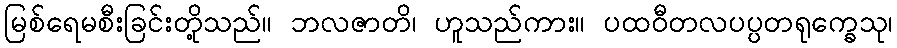
မြစ်ရေမစီးခြင်းတို့သည်။ ဘလဇာတိ၊ ဟူသည်ကား။ ပထဝီတလပပ္ပတရုက္ခေသု၊